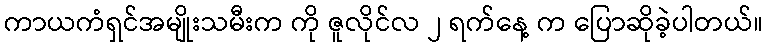
ကာယကံရှင်အမျိုးသမီးက ကို ဇူလိုင်လ ၂ ရက်နေ့ က ပြောဆိုခဲ့ပါတယ်။